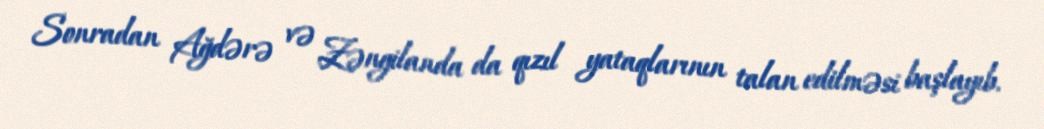
Sonradan Ağdərə və Zəngilanda da qızıl yataqlarının talan edilməsi başlayıb.